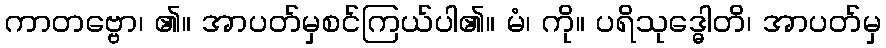
ကာတဗ္ဗော၊ ၏။ အာပတ်မှစင်ကြယ်ပါ၏။ မံ၊ ကို။ ပရိသုဒ္ဓေါတိ၊ အာပတ်မှ